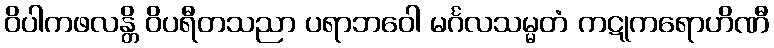
ဝိပါကဖလန္တိ ဝိပရီတသညာ ပရာဘဝေါ မင်္ဂလသမ္မတံ ကဋုကရောဟိဏီ